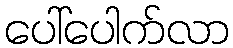
ပေါ်ပေါက်လာ